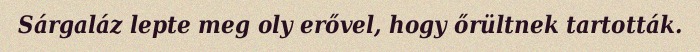
Sárgaláz lepte meg oly erővel, hogy őrültnek tartották.